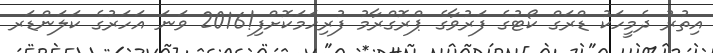
އިތުރު ދެމީހަކު ޑްރަގް ކޯޓުގެ ފަރުވާގެ ޕްރޮގްރާމު ފުރިހަމަކޮށްފި!2016 ވަނަ އަހަރުގެ ކަލަންޑަރ